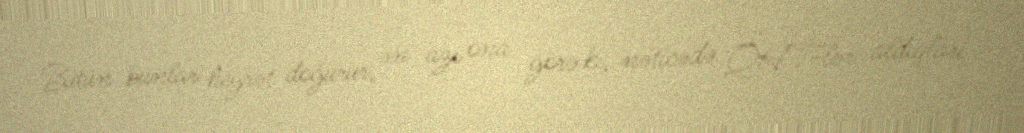
Bütün bunlar heyrət doğurur, ən azı ona görə ki, nəticədə QHT-lər aldıqları